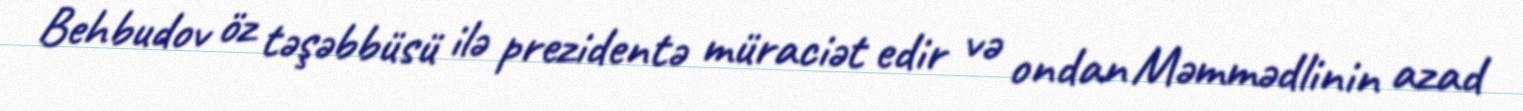
Behbudov öz təşəbbüsü ilə prezidentə müraciət edir və ondan Məmmədlinin azad